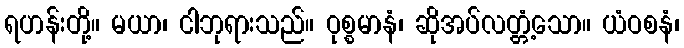
ရဟန်းတို့။ မယာ၊ ငါဘုရားသည်။ ဝုစ္စမာနံ၊ ဆိုအပ်လတ္တံ့သော။ ယံဝစနံ၊